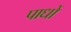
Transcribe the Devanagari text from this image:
पाधों